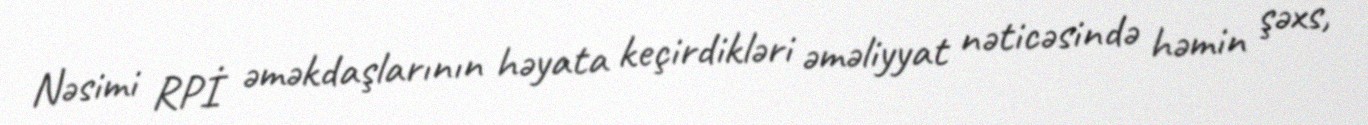
Nəsimi RPİ əməkdaşlarının həyata keçirdikləri əməliyyat nəticəsində həmin şəxs,